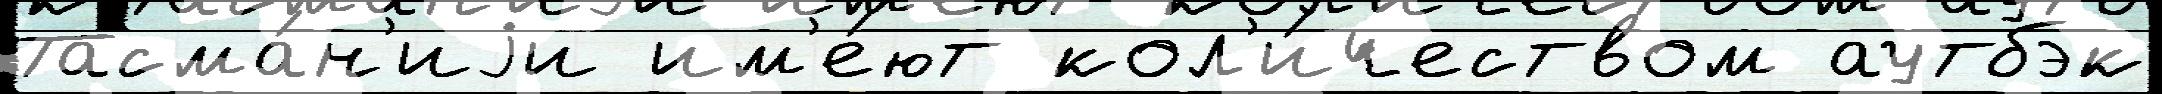
Тасма́н'иjи им'е́ют кол'и́чеством аутбэк